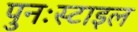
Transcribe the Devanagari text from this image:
पुनःस्टाइल